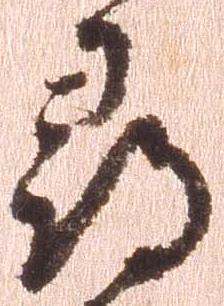
尋